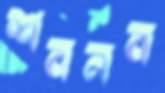
শবনব